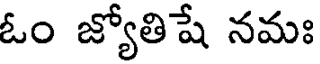
ఓం జ్యోతిషే నమః